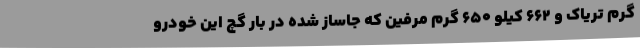
گرم تریاک و 662 کیلو 650 گرم مرفین که جاساز شده در بار گچ این خودرو